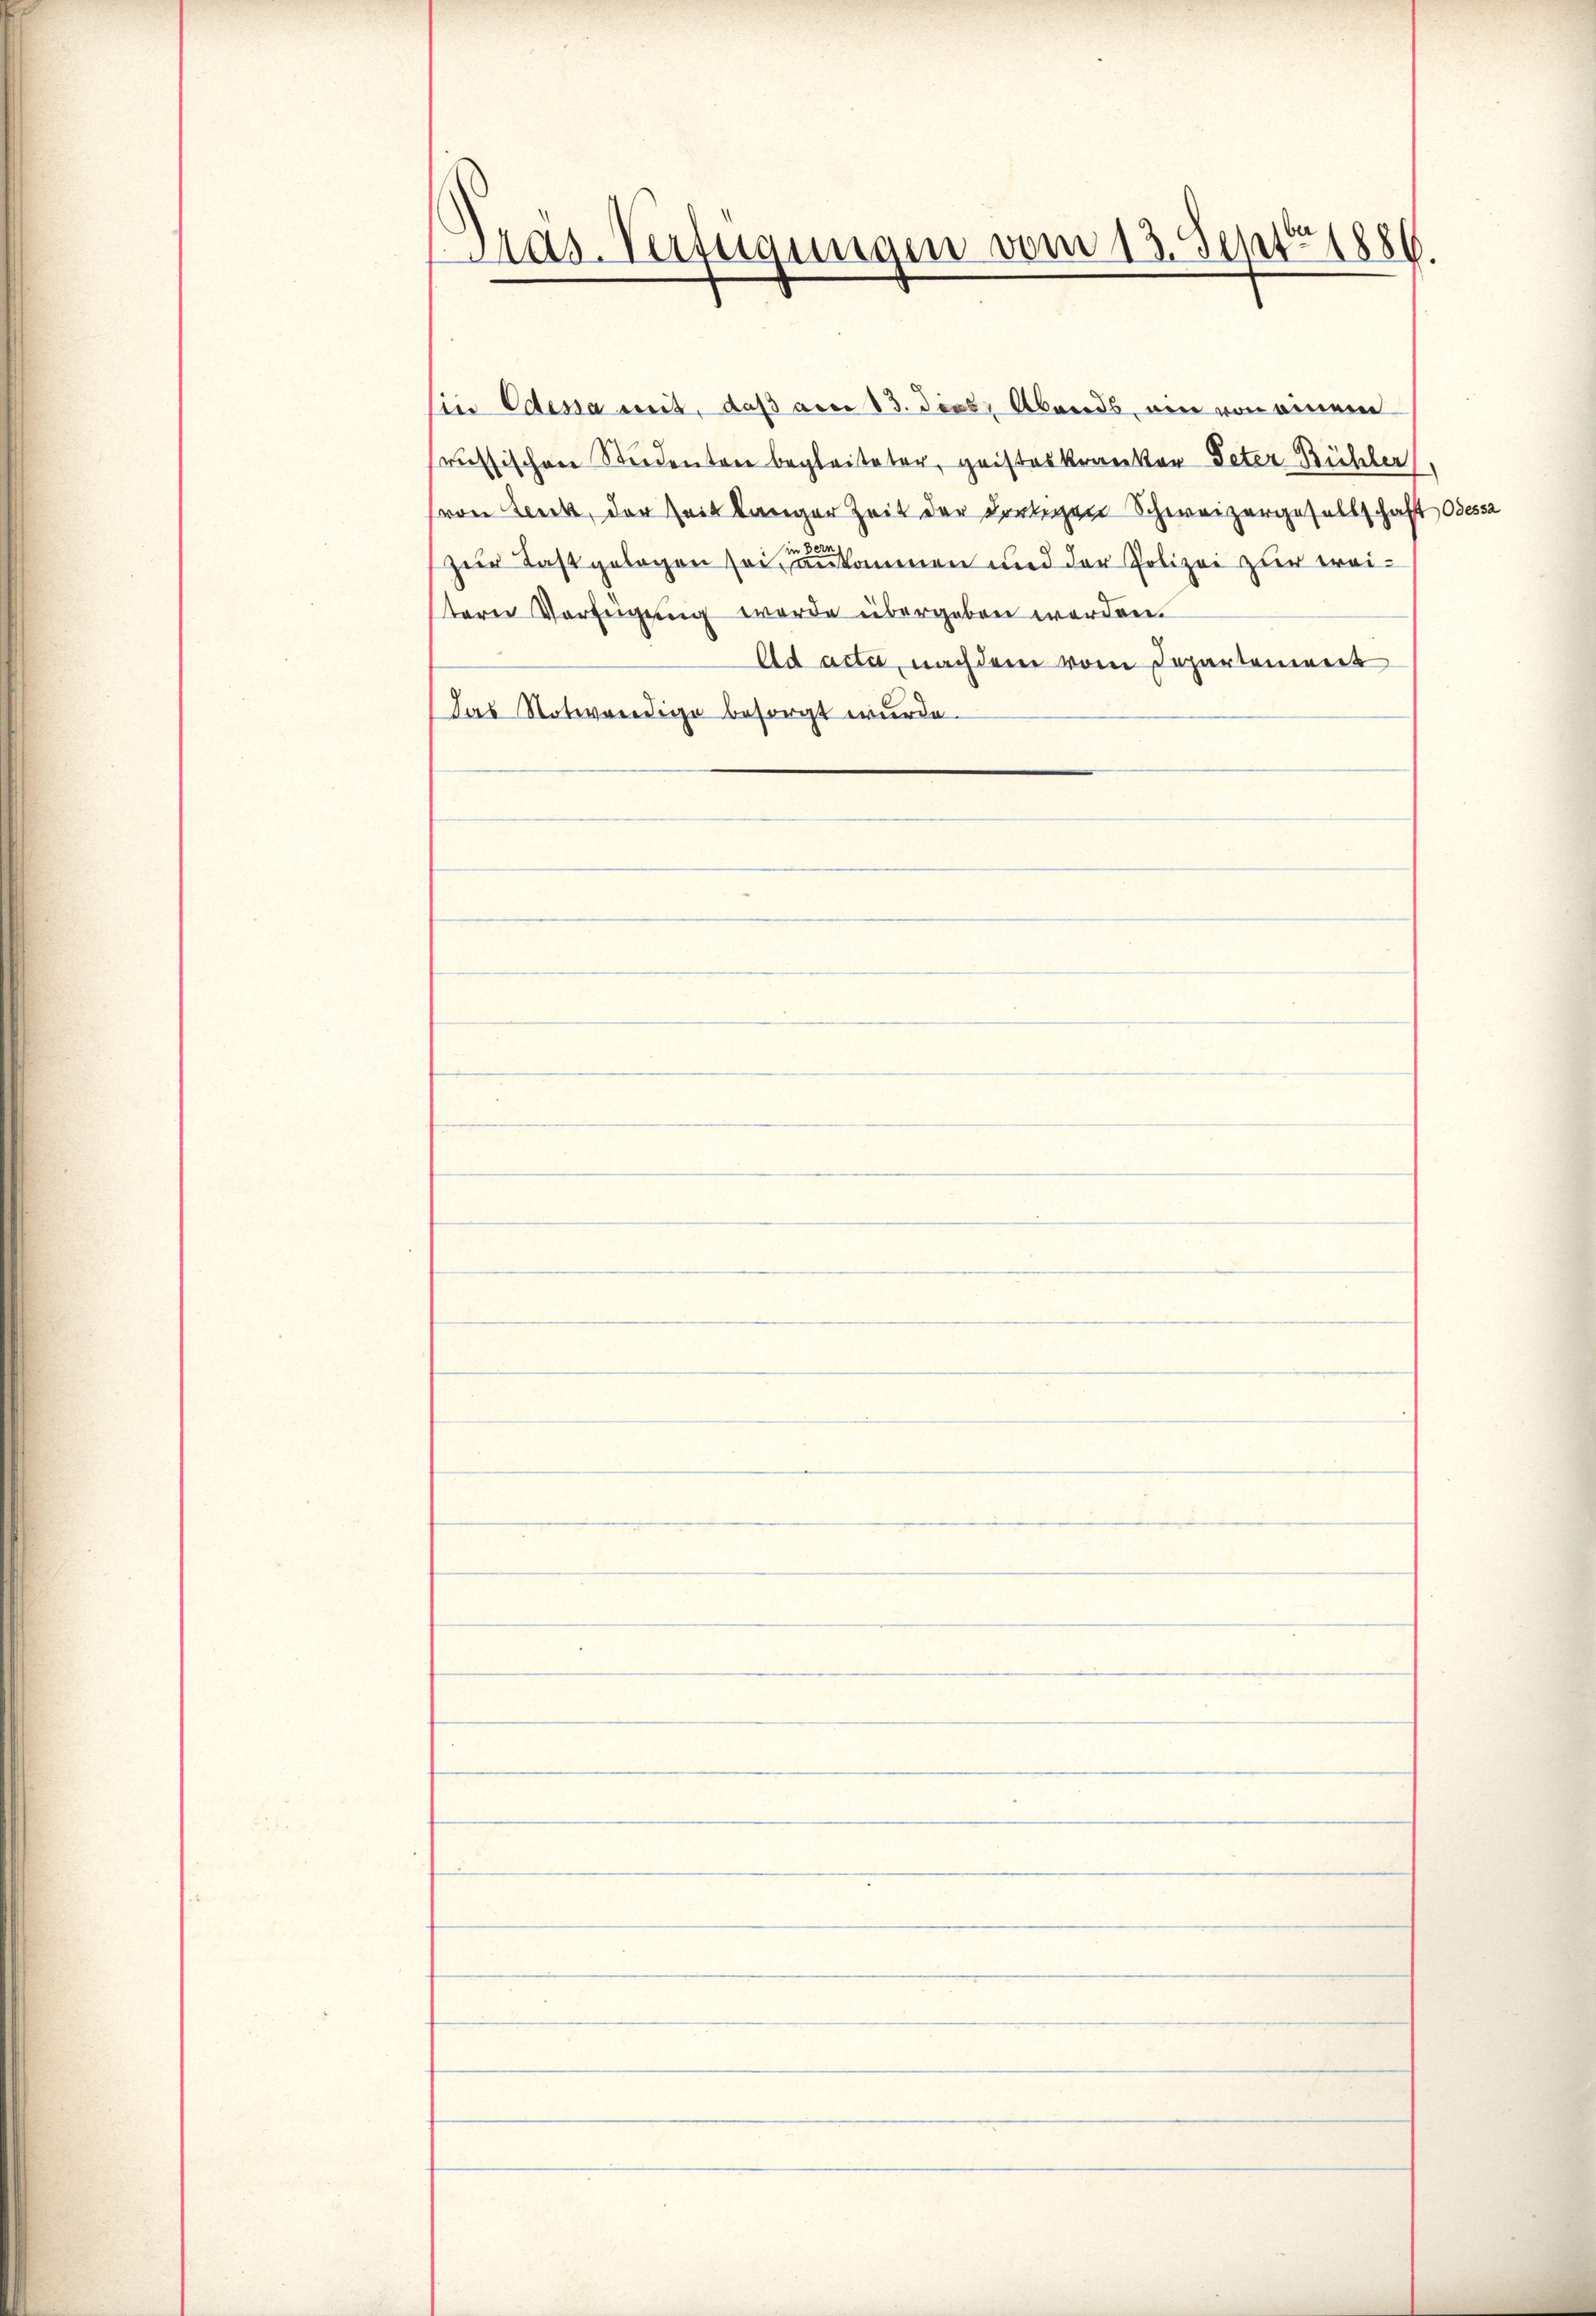
Mas-Verfügungen vom 13. Sept. 1886.

sin Odessa mit, daß am 13. dies Abends, ein von einem
russischen Studenten begleiteter, gristeskranken Peter Bühler
von Lenk, der Zeit langer Zeit der dortigen Schweizergesellschaft Odessa
Der
zur Last gelegen sei ankommen und der Polizei zur Freitern Verfügung werde übergeben werden.
Ad acta, nach dem vom Departoniert
Das Notwendige besorgt wurde.